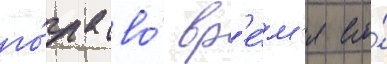
го́да во́ вр'е́м'я его́